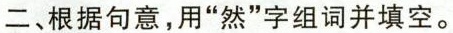
二、根据句意，用“然”字组词并填空。